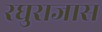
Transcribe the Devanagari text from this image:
रघुराजास